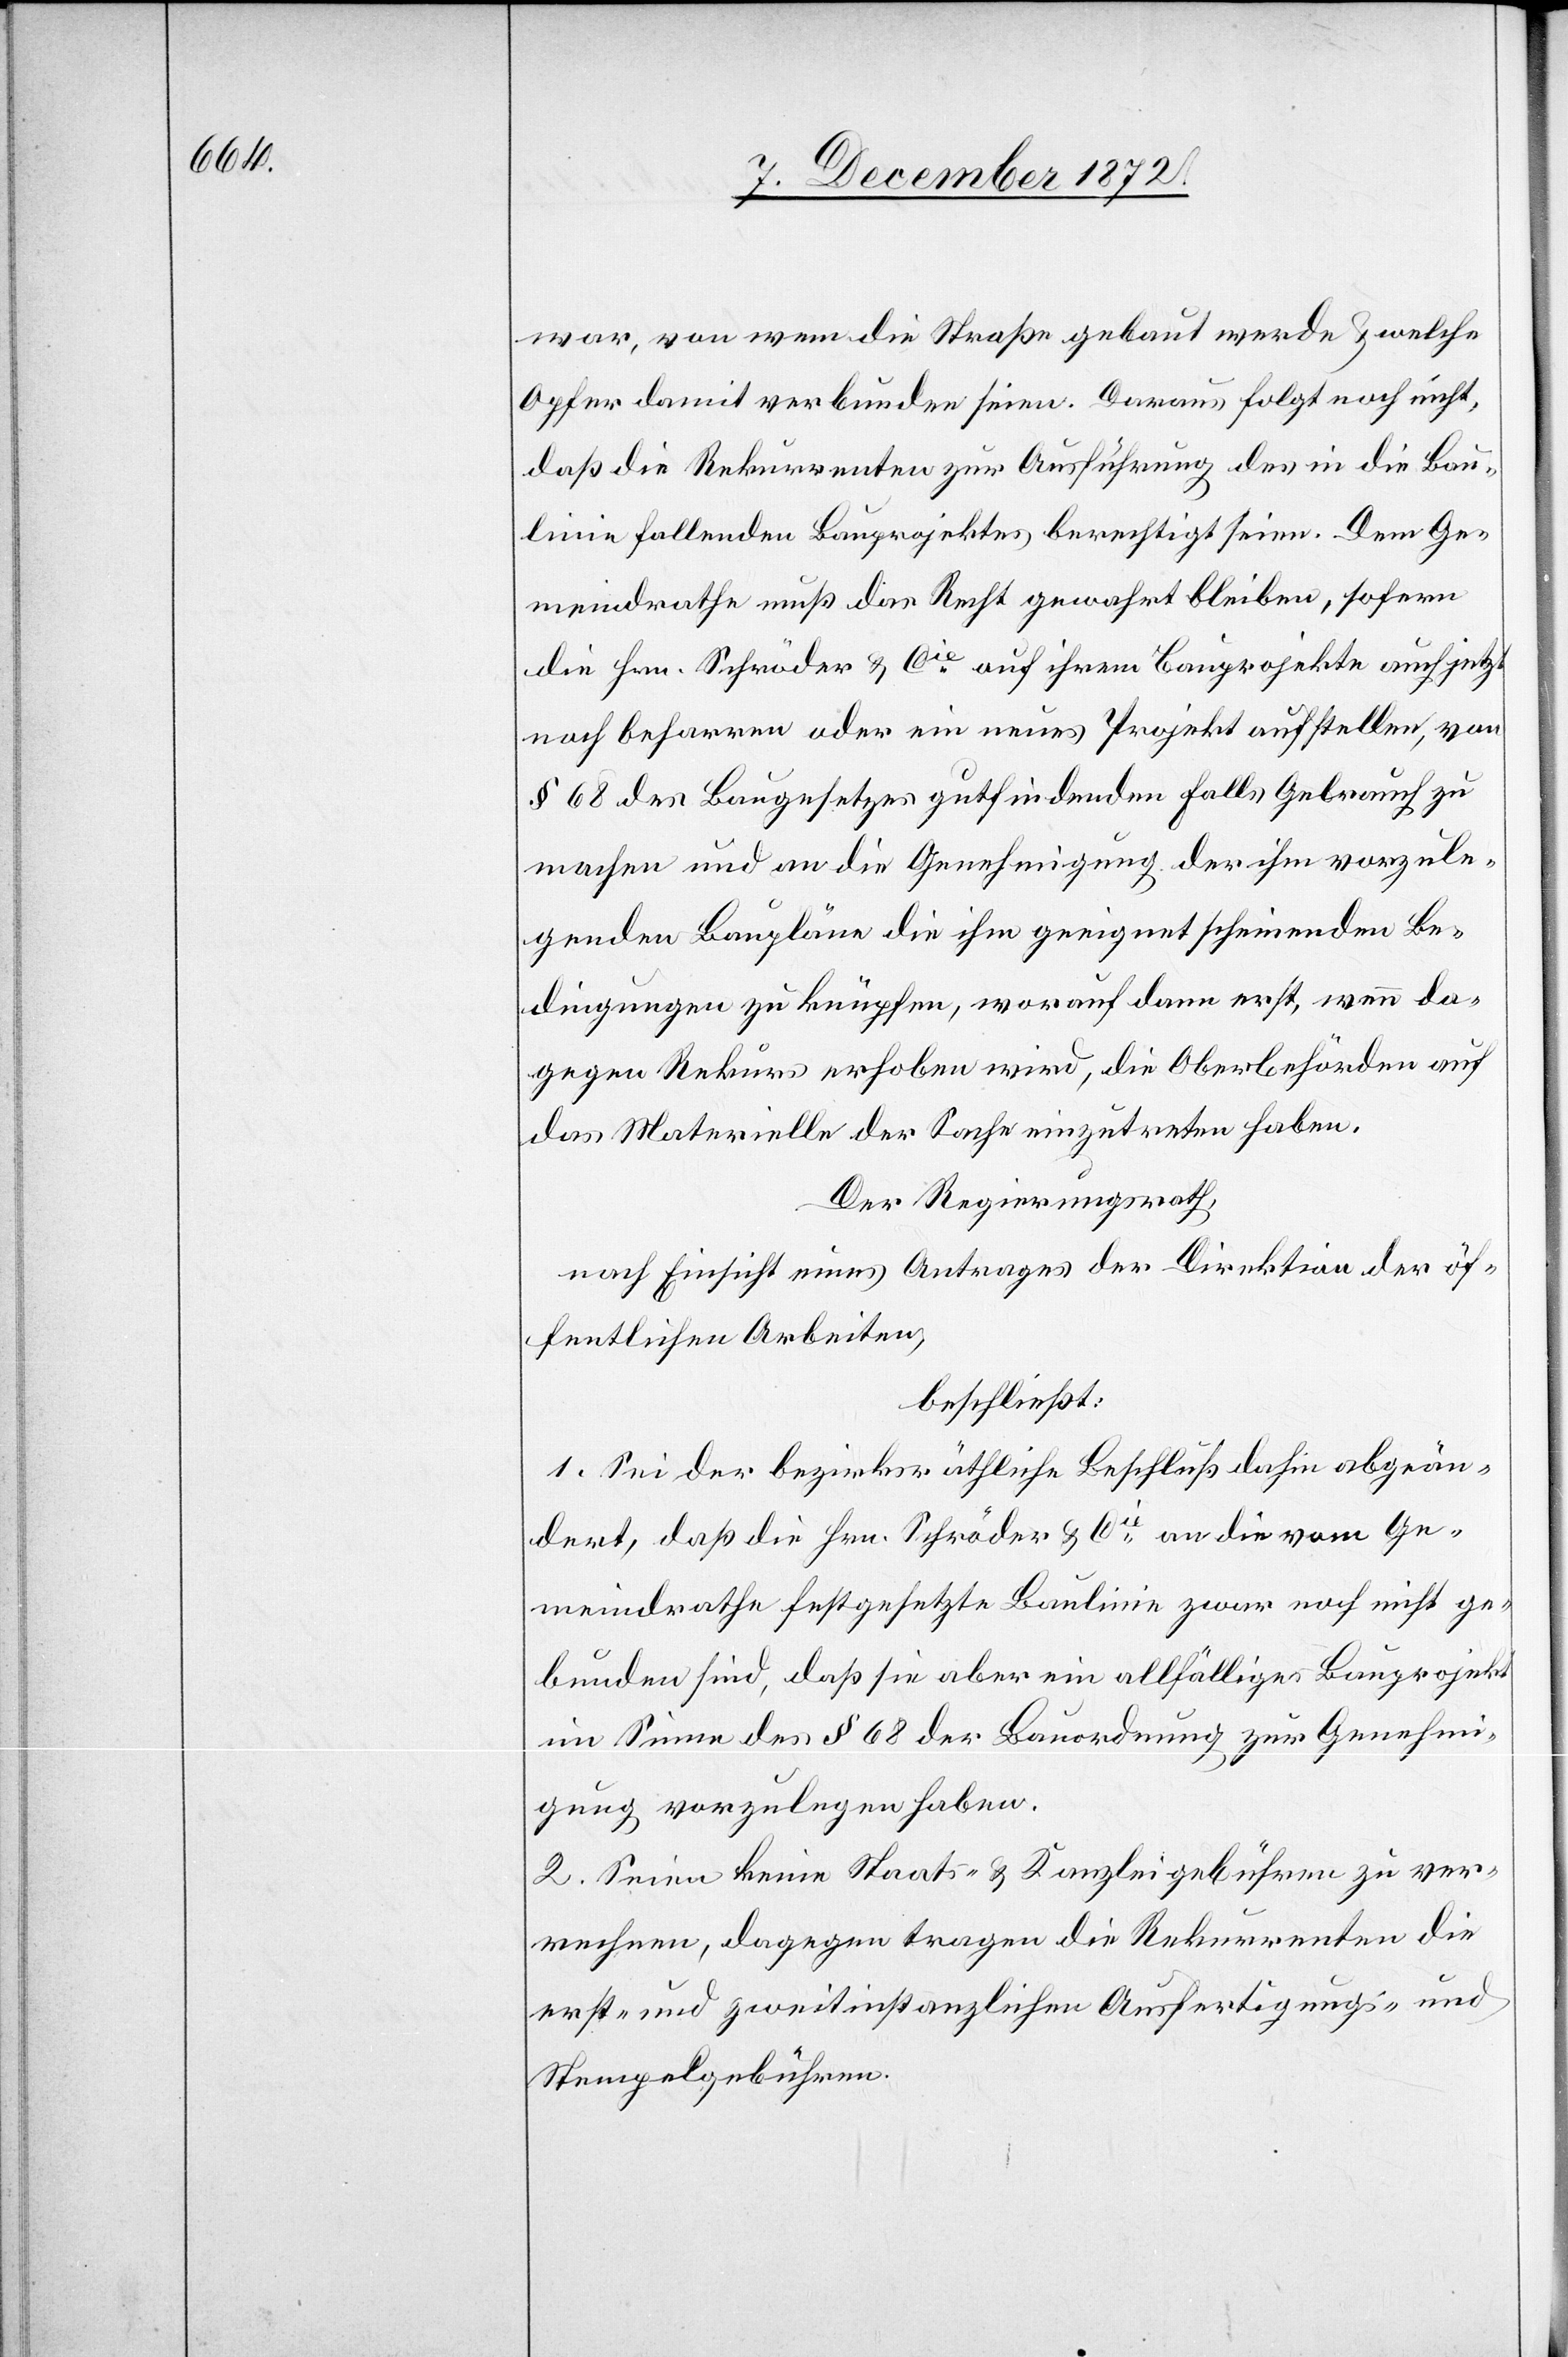
war, von wem die Straße gebaut werde u. welche
Opfer damit verbunden seien. Daraus folgt noch nicht,
daß die Rekurrenten zur Ausführung des in die Bau¬
linie fallenden Bauprojektes berechtigt seien. Dem Ge¬
meindrathe muß das Recht gewahrt bleiben, sofern
die Hrn. Schröder u. Cie auf ihrem Bauprojekte auch jetzt
noch beharren oder ein neues Projekt aufstellen, von
§ 68 des Baugesetzes gutfindenden Falls Gebrauch zu
machen und an die Genehmigung der ihm vorzule¬
genden Baupläne die ihm geeignet erscheinenden Be¬
dingungen zu knüpfen, worauf dann erst, wenn da¬
gegen Rekurs erhoben wird, die Oberbehörden auf
das Materielle der Sache einzutreten haben.
Der Regierungsrath,
nach Einsicht eines Antrages der Direktion der öf¬
fentlichen Arbeiten,
beschließt:
1. Sei der bezirksräthliche Beschluß dahin abgeän¬
dert, daß die Hrn. Schröder u. Cie an die vom Ge¬
meindrathe festgesetzte Baulinie zwar noch nicht ge¬
bunden sind, daß sie aber ein allfälliges Bauprojekt
im Sinne des § 68 der Bauordnung zur Genehmi¬
gung vorzulegen haben.
2. Seien keine Staats- u. Kanzleigebühren zu ver¬
rechnen, dagegen tragen die Rekurrenten die
erst- und zweitinstanzlichen Ausfertigungs- und
Stempelgebühren.